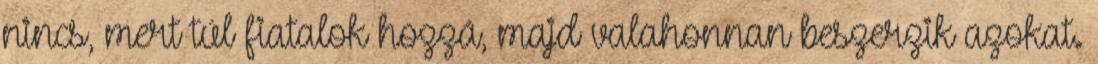
nincs, mert túl fiatalok hozzá, majd valahonnan beszerzik azokat.